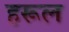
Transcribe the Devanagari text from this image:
हरूल